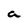
Character: a